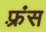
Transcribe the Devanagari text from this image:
फ़्रंस